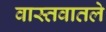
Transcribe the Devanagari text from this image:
वास्तवातले